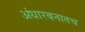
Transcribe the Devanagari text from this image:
अंधारबनातच